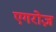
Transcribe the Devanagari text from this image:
एगरोज़